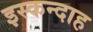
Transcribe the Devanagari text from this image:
इस्कन्दाह